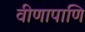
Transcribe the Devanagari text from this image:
वीणापाणि